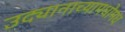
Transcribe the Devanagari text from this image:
उद्यानाच्यामधोमध